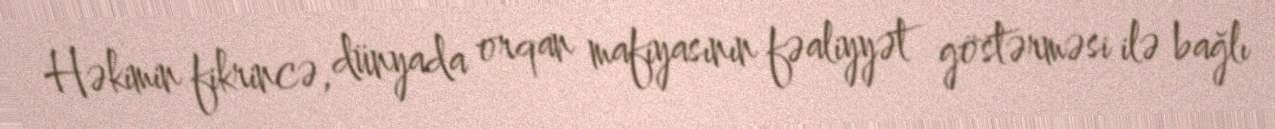
Həkimin fikrincə, dünyada orqan mafiyasının fəaliyyət göstərməsi ilə bağlı